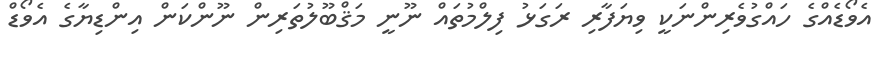
އެވޯޑެއްގެ ހައްގުވެރިންނަކީ ވިޔަފާރި ރަގަޅު ފިލްމުތައް ނޫނީ މަޤްބޫލުތަރިން ނޫންކަން އިންޑިޔާގެ އެވޯޑް